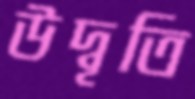
উদ্বৃতি